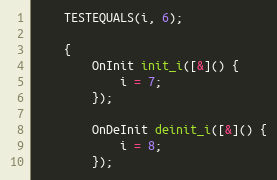
Language: C++
	TESTEQUALS(i, 6);

	{
		OnInit init_i([&]() {
			i = 7;
		});

		OnDeInit deinit_i([&]() {
			i = 8;
		});